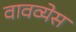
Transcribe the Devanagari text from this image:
वावव्येस